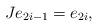
LaTeX: \begin{align*}J e_{2i - 1} = e_{2i},\end{align*}